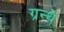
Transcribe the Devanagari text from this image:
ग्रन्थे